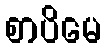
စာပိမေ